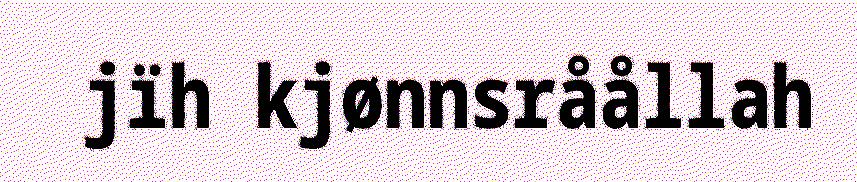
jïh kjønnsråållah